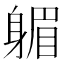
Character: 𨉭